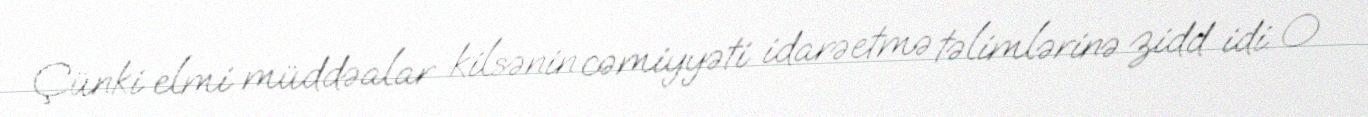
Çünki elmi müddəalar kilsənin cəmiyyəti idarəetmə təlimlərinə zidd idi. O